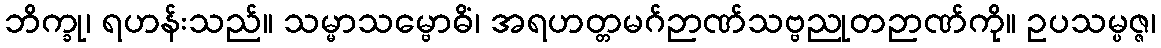
ဘိက္ခု၊ ရဟန်းသည်။ သမ္မာသမ္ဗောဓိံ၊ အရဟတ္တမဂ်ဉာဏ်သဗ္ဗညုတဉာဏ်ကို။ ဥပသမ္ပဇ္ဇ၊